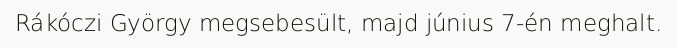
Rákóczi György megsebesült, majd június 7-én meghalt.